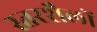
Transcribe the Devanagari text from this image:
स्तरशैलों